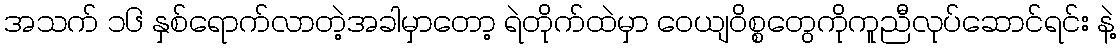
အသက် ၁၆ နှစ်ရောက်လာတဲ့အခါမှာတော့ ရဲတိုက်ထဲမှာ ဝေယျဝိစ္စတွေကိုကူညီလုပ်ဆောင်ရင်း နဲ့